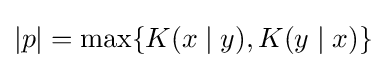
|p|=\max\{K(x\mid y),K(y\mid x)\}